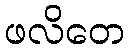
ဖလိတေ